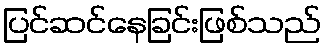
ပြင်ဆင်နေခြင်းဖြစ်သည်